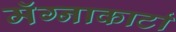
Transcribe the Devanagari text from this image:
मॅग्नाकार्टा